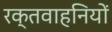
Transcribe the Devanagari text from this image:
रक्तवाहनियों